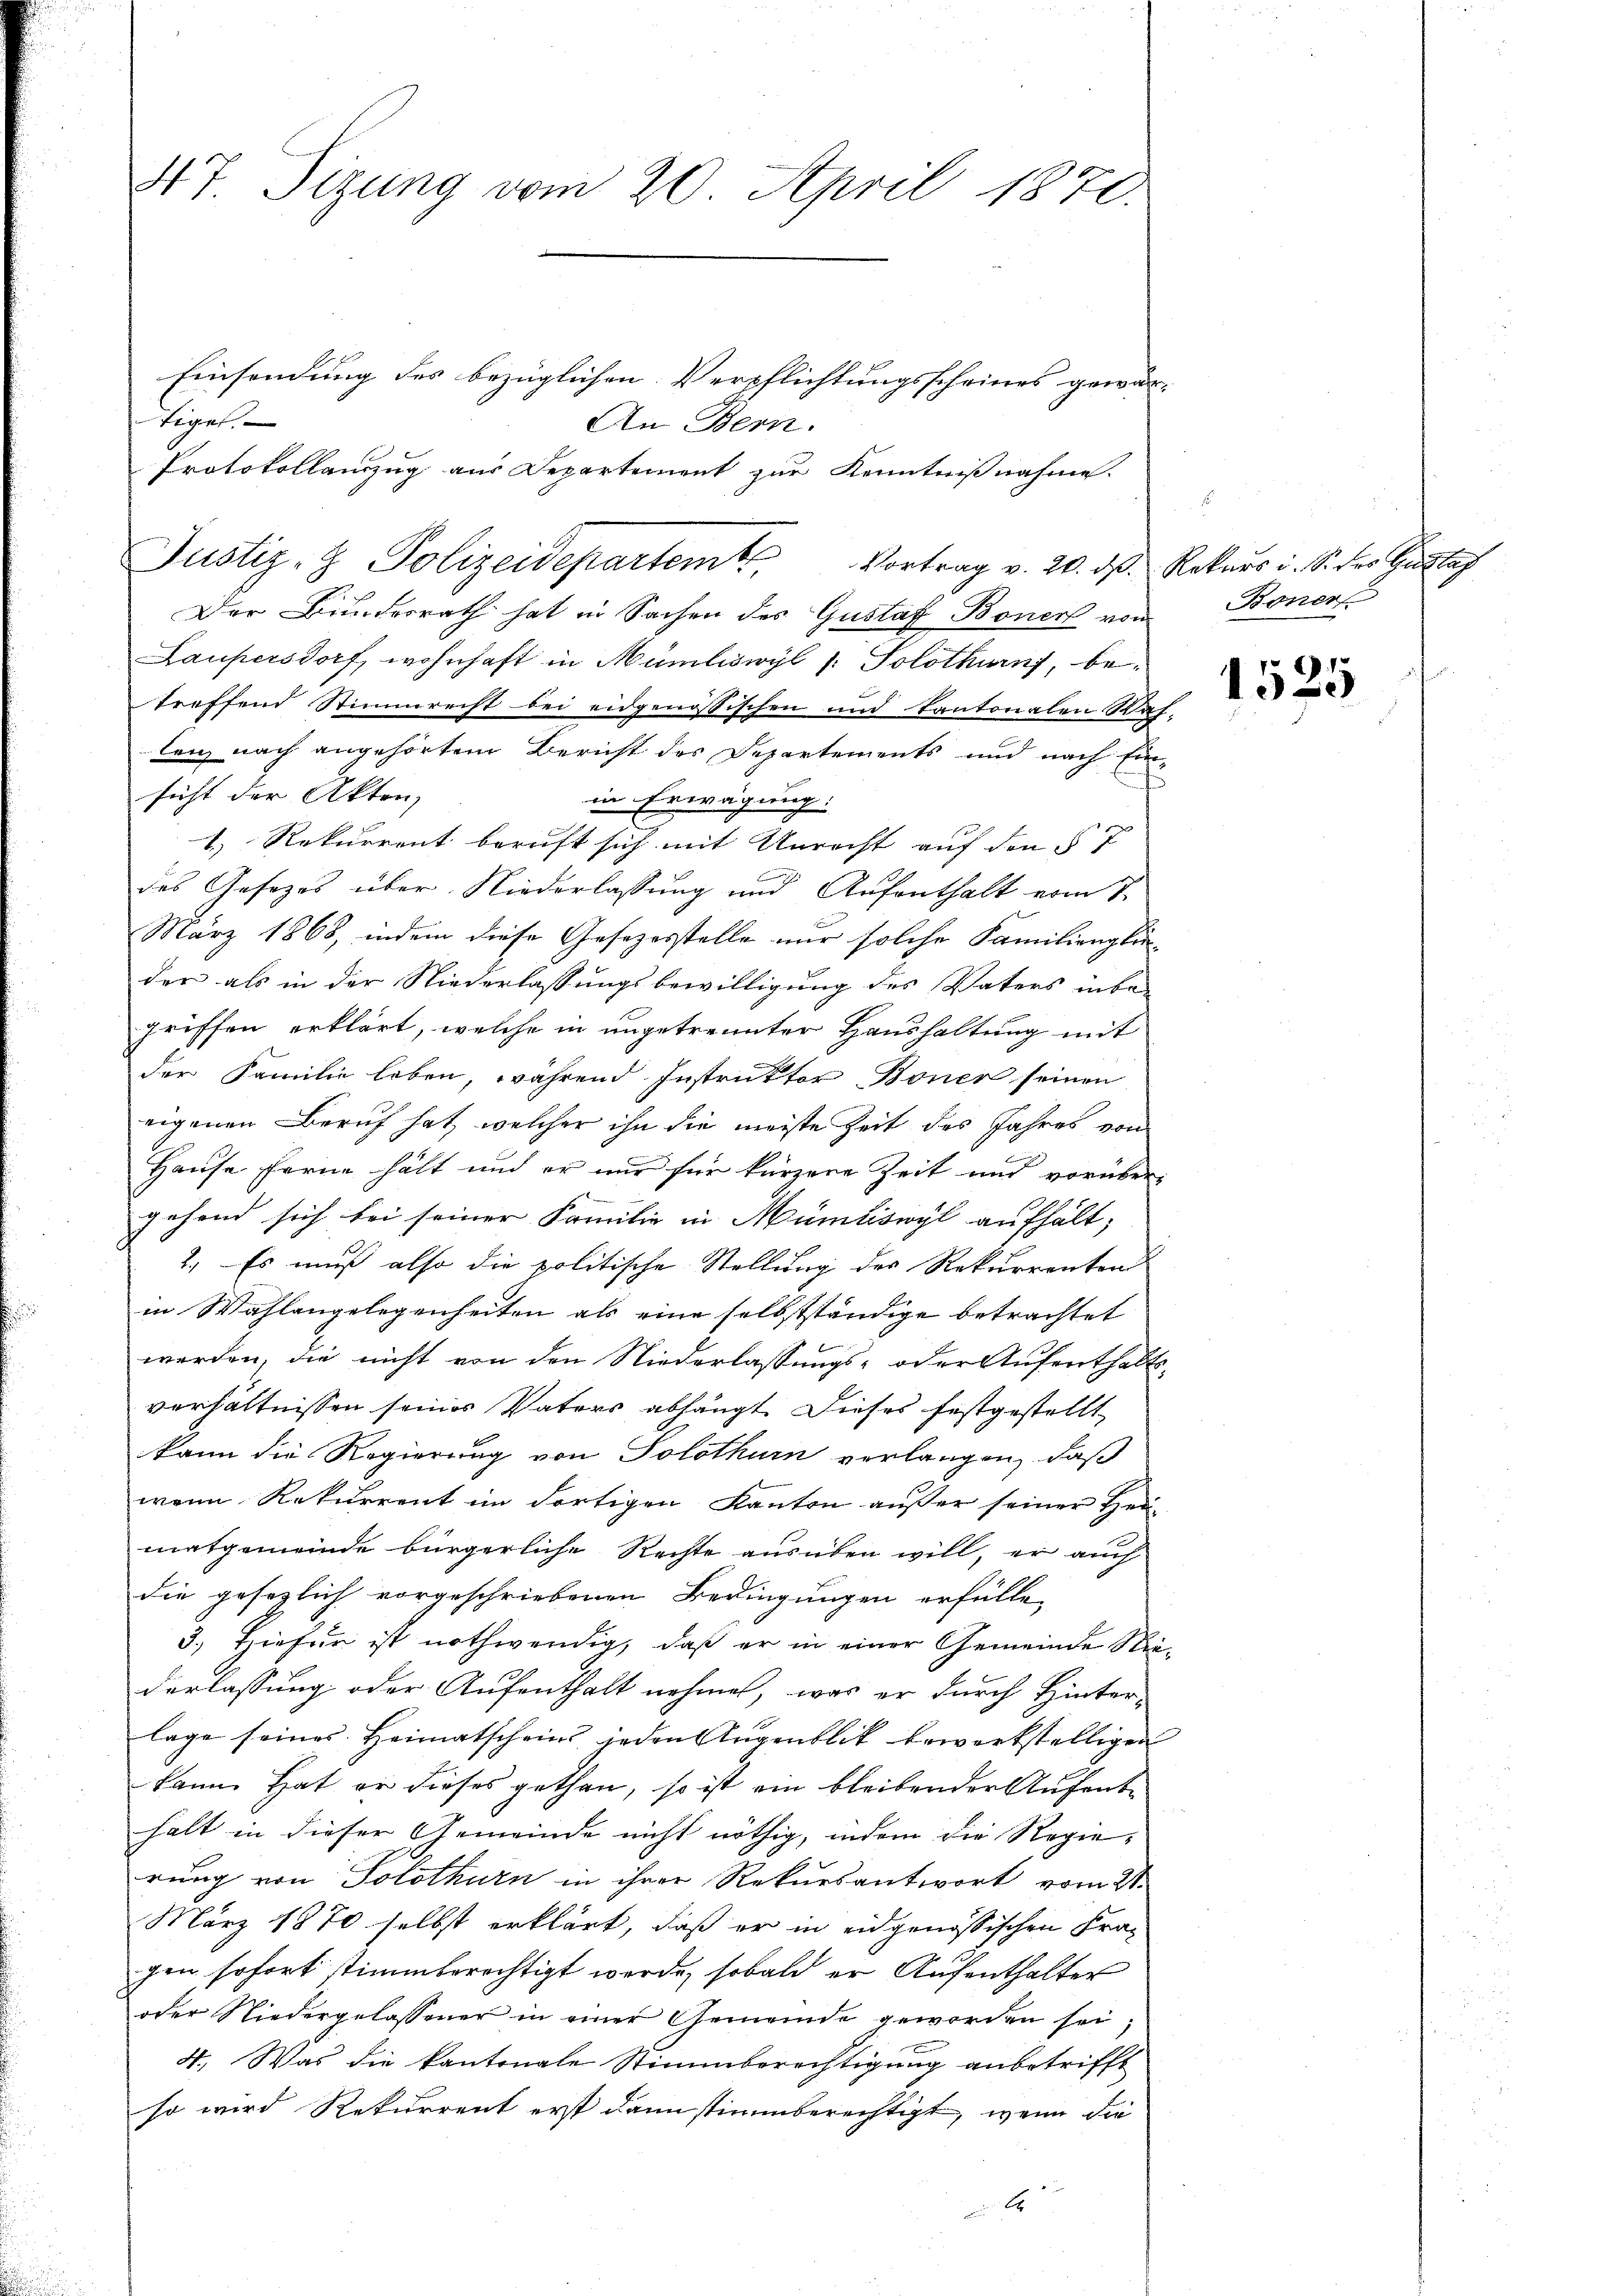
47 Sizung vom 20. April 1870.

Einsendung des bezüglichen Verpflichtungsscheines gewa
tiges
An Bern.
Protokollauszug aus Departement zur Kenntnißnahme.
Der Bundesrath hat in Sachen des Gustaf Boner von
Laupersdorf, wohnhaft in Mumliswyl /: Solothurn, betreffend Stimmrecht bei eidgenössischen und Kantonalen Waflenz nach angehörtem Bericht des Departements und nach Einf
sicht der Akten,
in Erwägung:
1.) Rekurrent beruft sich mit Unrecht auf den § 7
das Gesezes über Niederlassung und Aufenthalt vom 7.
März 1868, indem diese Gesezesstelle nur solche Familienglider als in der Niederlassungsbewilligung des Vaters inbe-
griffen erklärt, welche in ungetrennter Haushaltung mit
der Familie leben, während Instruktor Boner seinen
eigenen Beruf hat, welcher ihn die meiste Zeit des Jahres von
Hause ferne hält und er nur für kürzere Zeit und vorübergehend sich bei seiner Familie in Müntiswyl aufhält;
2. Es muß also die politische Stellung des Rekurrenten
in Wahlangelegenheiten als eine selbstständige betrachtet
werden, die nicht von den Niederlassungs- oder Aufenthaltsverhältnissen seines Vaters abhängt. Dieses festgestellt
kann die Regierung von Solothurn verlangen, daß
wenn Rekurrent im dortigen Kanton außer seiner Heimatgemeinde bürgerliche Rechte ausüben will, er auch
die gesezlich vorgeschriebenen Bedingungen erfülle,
3.) Hiefür ist nothwendig, daß er in einer Gemeinde Niederlassung oder Aufenthalt nehmen, was er durch Hinterlage seines Heimatscheins jeden Augenblick bewerkstelligen
kann. Hat er dieses gethan, so ist ein bleibender Aufenbe
halt in dieser Gemeinde nicht nöthig, indem die Regierung von Solothurn in ihrer Rekursantwort vom 21.
März 1870 selbst erklärt, daß er in eidgenössischen Kra-
gen sofort stimmberechtigt werde, sobald er Aufenthalter
oder Niedergelassener in einer Gemeinde geworden sei;
4. Was die kantonale Stimmberechtigung anbetrifft
so wird Rekurrent erst dann stimmberechtigt, wenn die

Justiz- & Polizeidepartem Vortrag v. 20. ds. Rokars i. S. der Gusta

Boner

1525